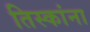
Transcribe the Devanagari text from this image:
तिस्कांना